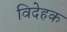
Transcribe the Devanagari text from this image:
विदेहक